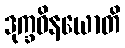
ဒုက္ခဝိနယောတိ